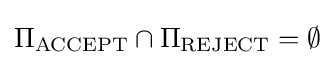
\Pi _{\text{ACCEPT}}\cap \Pi _{\text{REJECT}}=\emptyset